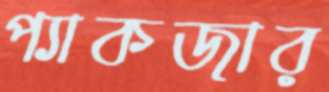
প্যাকজার